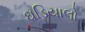
ઘડિયાલો